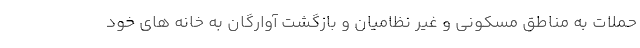
حملات به مناطق مسکونی و غیر نظامیان و بازگشت آوارگان به خانه های خود